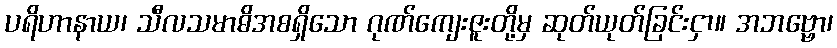
ပရိဟာနာယ၊ သီလသမာဓိအစရှိသော ဂုဏ်ကျေးဇူးတို့မှ ဆုတ်ယုတ်ခြင်းငှာ။ အဘဗ္ဗော၊